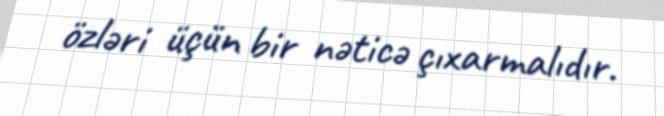
özləri üçün bir nəticə çıxarmalıdır.